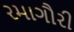
રમાગૌરી